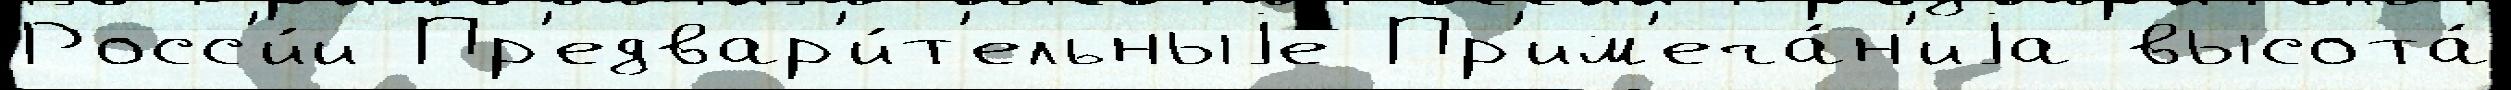
Росс'и́и Пр'едвар'и́т'ельныjе Пр'им'еча́н'иjа высота́